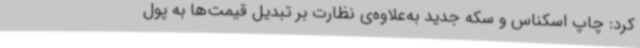
کرد: چاپ اسکناس و سکه‌ جدید به‌علاوه‌ی نظارت بر تبدیل قیمت‌ها به پول